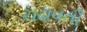
ચઢાવતી